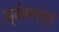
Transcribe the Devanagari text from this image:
उम्बेकाचार्य